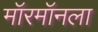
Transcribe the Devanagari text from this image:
मॉरमॉनला